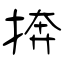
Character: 捹